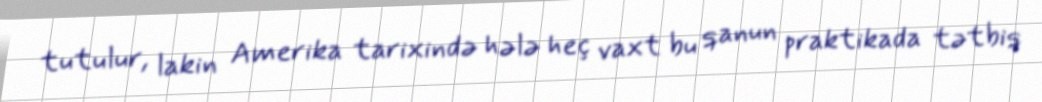
tutulur, lakin Amerika tarixində hələ heç vaxt bu qanun praktikada tətbiq